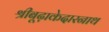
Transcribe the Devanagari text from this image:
श्रीबूढ़ाकेदारनाथ